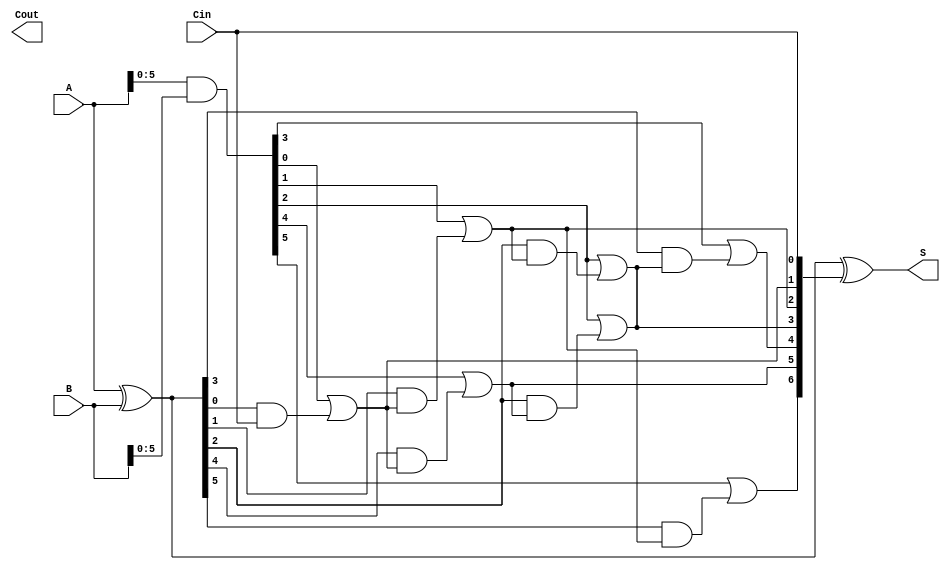
module brent_kung_adder #(parameter n = 8) (
    input [n-1:0] A,
    input [n-1:0] B,
    input Cin,
    output [n-1:0] S,
    output Cout
);

    // Generate and Propagate signals
    wire [n-1:0] G; // Generate
    wire [n-1:0] P; // Propagate
    wire [n:0] C;   // Carry

    // Compute Generate and Propagate signals
    assign G = A & B;         // G[i] = A[i] AND B[i]
    assign P = A ^ B;         // P[i] = A[i] XOR B[i]

    // Carry signals
    assign C[0] = Cin; // Initial carry

    // Level 1
    genvar i;
    generate
        for (i = 0; i < n/2; i = i + 1) begin : level1
            assign C[i+1] = G[i] | (P[i] & C[i]);
        end
    endgenerate

    // Level 2
    generate
        for (i = 0; i < n/4; i = i + 1) begin : level2
            assign C[i + n/2 + 1] = G[i + n/2] | (P[i + n/2] & C[i + 1]);
        end
    endgenerate

    // Level 3
    generate
        for (i = 0; i < n/8; i = i + 1) begin : level3
            assign C[i + n/4 + 1] = G[i + n/4] | (P[i + n/4] & C[i + n/2 + 1]);
        end
    endgenerate

    // Level 4
    generate
        for (i = 0; i < n/16; i = i + 1) begin : level4
            assign C[i + n/8 + 1] = G[i + n/8] | (P[i + n/8] & C[i + n/4 + 1]);
        end
    endgenerate

    // Sum Generation
    assign S = P ^ C[n-1:0]; // S[i] = P[i] XOR C[i]

    // Carry Out
    assign Cout = C[n];

endmodule